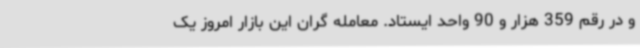
و در رقم 359 هزار و 90 واحد ایستاد. معامله گران این بازار امروز یک